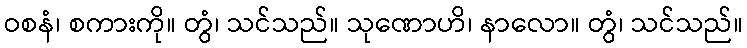
ဝစနံ၊ စကားကို။ တွံ၊ သင်သည်။ သုဏောဟိ၊ နာလော။ တွံ၊ သင်သည်။